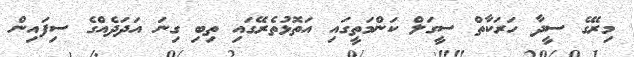
މިރޭގެ ސީދާ ހަރަކާތް ސީގަލް ކަންމަތީގައި އަތޮޅުތެރޭގައި ތިބި ގިނަ އަދަދެއްގެ ސިފައިން